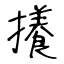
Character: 攁